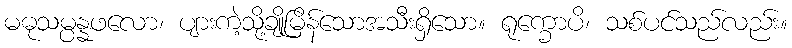
မဓုသမ္ပန္နဖလော၊ ပျားကဲ့သို့ချိုမြိန်သောအသီးရှိသော။ ရုက္ခောပိ၊ သစ်ပင်သည်လည်း။